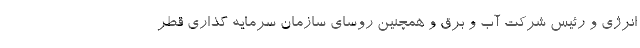
انرژی و رئیس شرکت آب و برق و همچنین روسای سازمان سرمایه گذاری قطر